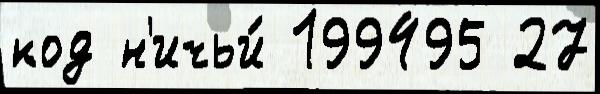
код н'ичьи́ 199495 27